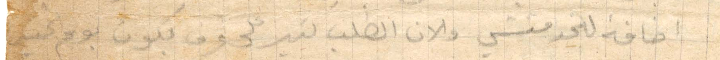
إضافة للخدمتشي والان الان الطلب كبير على غرف بكون يوم الخميس